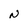
Character: N